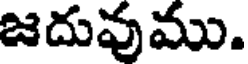
జదువుము.